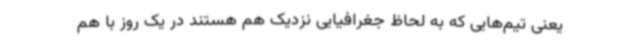
یعنی تیم‌هایی که به لحاظ جغرافیایی نزدیک هم هستند در یک روز با هم